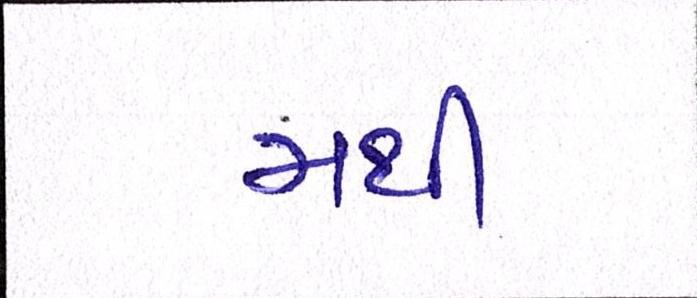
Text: મથી